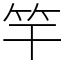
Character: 竿